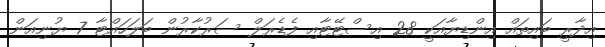
އިދާރީ ބައިތައް އިންޑިޔާއަކީ 28 އިސްޓޭޓާއި ފެޑެރަލް ސަރުކާރުން ބަލަހައްޓާ 7 ޔުނިއަން